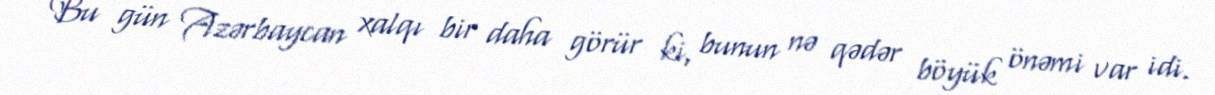
Bu gün Azərbaycan xalqı bir daha görür ki, bunun nə qədər böyük önəmi var idi.